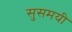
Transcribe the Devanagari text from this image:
सुसमयी